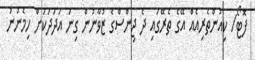
ފޮޓޯ/ ކިއުންތެރިއެއް އޭގެ ތެރޭގައި ދެ ޖިންސްގެ ޒުވާނުން ގިނަ އަދަދަކަށް ހިމެނުނު